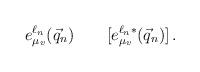
LaTeX: \begin{align*}e^{\ell_n}_{\mu_v}(\vec{q}_n) \qquad [e^{\ell_n *}_{ \mu_v}(\vec{q}_n)] \,. \end{align*}